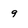
Character: 9